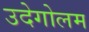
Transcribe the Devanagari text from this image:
उदेगोलम